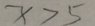
x > 5